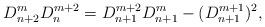
LaTeX: \begin{align*} D_{n+2}^mD_n^{m+2}=D_{n+1}^{m+2}D_{n+1}^m-(D_{n+1}^{m+1})^2, \end{align*}